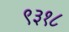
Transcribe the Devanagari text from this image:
९३१८